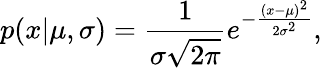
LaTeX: p(x|\mu,\sigma)={\frac{1}{\sigma{\sqrt{2\pi}}}}e^{-{\frac{(x-\mu)^{2}}{2\sigma^{2}}}},